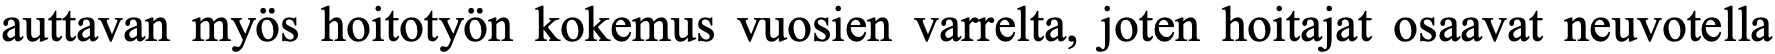
auttavan myös hoitotyön kokemus vuosien varrelta, joten hoitajat osaavat neuvotella